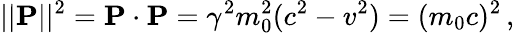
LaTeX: ||\mathbf{P}||^{2}=\mathbf{P}\cdot\mathbf{P}=\gamma^{2}m_{0}^{2}(c^{2}-v^{2})=(m_{0}c)^{2}\, ,